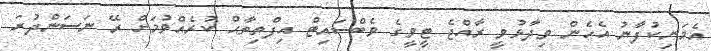
އެމަނިކުފާނު އެހެން ވިދާޅުވީ ރާއްޖެ ޓީވީގެ ވެބްސައިޓް އިފްތިތާޙް ކުރެއްވުމަށް ރޭ ނަސަންދުރަ